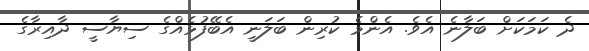
ދެ ކަމަކަށް ބަލާނެ އެވެ. އެންމެ ކުރިން ބަލަނީ އެބޭފުޅެއްގެ ސިޔާސީ ދާއިރާގެ